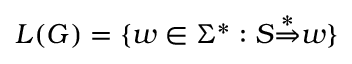
L ( G ) = \{ w \in \Sigma ^ { * } : S { \stackrel { * } { \Rightarrow } } w \}